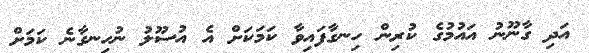
އަދި ގާނޫނު އައުމުގެ ކުރިން ހިނގާފައިވާ ކަމަކަށް އެ އުސޫލު ނުހިނގާނެ ކަމަށް